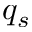
q _ { s }